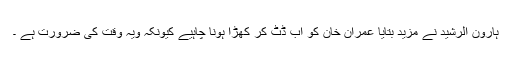
ہارون الرشید نے مزید بتایا عمران خان کو اب ڈٹ کر کھڑا ہونا چاہیے کیونکہ ویہ وقت کی ضرورت ہے ۔